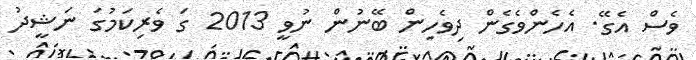
ވެސް އެގޭ. އެހެންވެގެން ދިވެހިން ބޭނުން ނުވީ 2013 ގަ ވެރިކަމުގަ ނަޝީދު